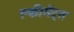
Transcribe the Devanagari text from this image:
क्लीमेंट्स